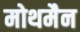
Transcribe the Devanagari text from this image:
मोथमैन